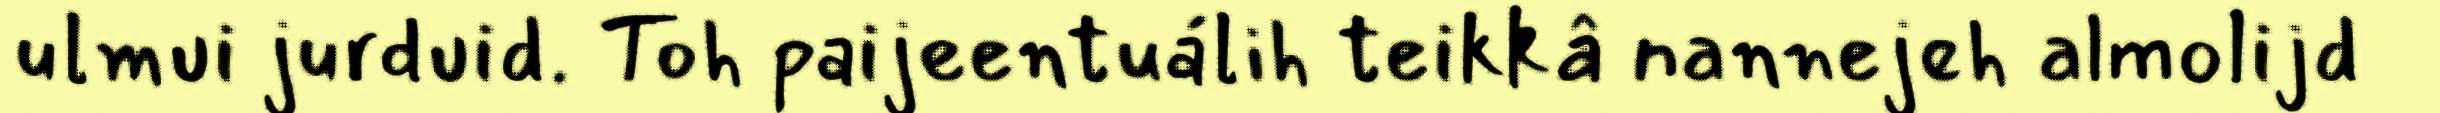
ulmui jurduid. Toh paijeentuálih teikkâ nannejeh almolijd